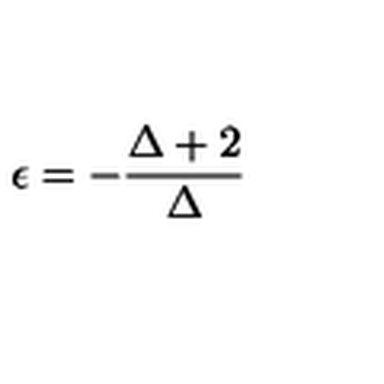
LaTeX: \epsilon = - \frac { \Delta + 2 } { \Delta }